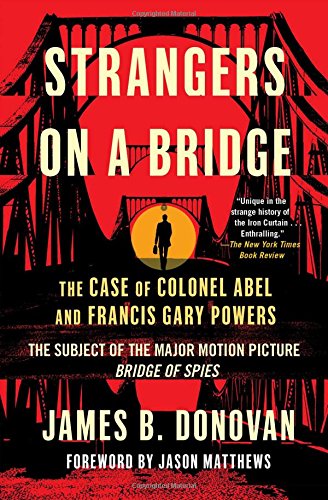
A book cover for Strangers on a Bridge: The Case of Colonel Abel and Francis Gary Powers; James Donovan; Biographies & Memoirs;